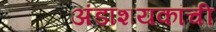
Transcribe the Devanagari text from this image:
अंडाशयकांची